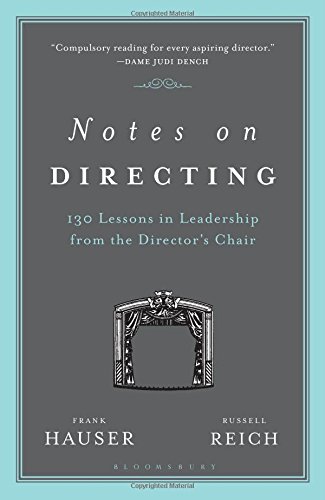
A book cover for Notes on Directing: 130 Lessons in Leadership from the Director's Chair; Frank Hauser; Humor & Entertainment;